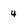
Character: 4